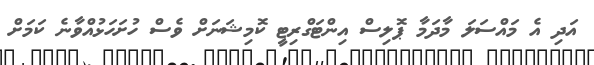
އަދި އެ މައްސަލަ މާދަމާ ޕޮލިސް އިންޓަގްރިޓީ ކޮމިޝަނަށް ވެސް ހުށަހަޅުއްވާނެ ކަމަށް